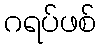
ဂရပ်ဖစ်